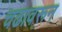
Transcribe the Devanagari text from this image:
चढावरून